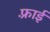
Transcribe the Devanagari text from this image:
फ़्राई